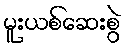
မူးယစ်ဆေးစွဲ